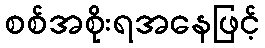
စစ်အစိုးရအနေဖြင့်